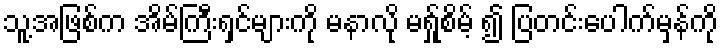
သူ့အဖြစ်က အိမ်ကြီးရှင်များကို မနာလို မရ်ှုစိမ့် ၍ ပြတင်းပေါက်မှန်ကို